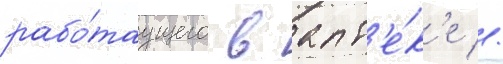
рабо́таущего в апт'е́к'е //